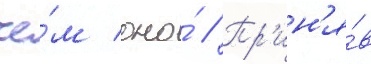
че́м оно́ // Пр'ин'я́в